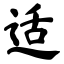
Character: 适